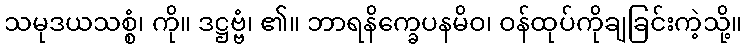
သမုဒယသစ္စံ၊ ကို။ ဒဋ္ဌဗ္ဗံ၊ ၏။ ဘာရနိက္ခေပနမိဝ၊ ဝန်ထုပ်ကိုချခြင်းကဲ့သို့။